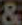
&